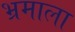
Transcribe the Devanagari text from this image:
भ्रमाला